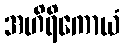
အဟိရိကောယံ